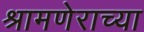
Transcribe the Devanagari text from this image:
श्रामणेराच्या